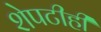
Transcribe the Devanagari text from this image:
शेपटीही